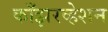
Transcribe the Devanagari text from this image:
काँझरव्हेशन